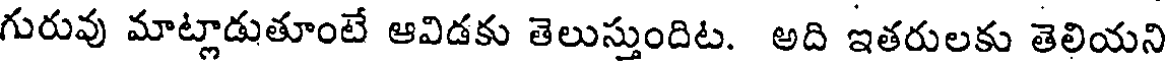
గురువు మాట్లాడుతూంటే ఆవిడకు తెలుస్తుందిట. అది ఇతరులకు తెలియని